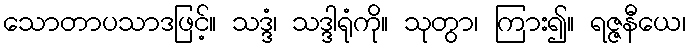
သောတာပသာဒဖြင့်။ သဒ္ဒံ၊ သဒ္ဒါရုံကို။ သုတွာ၊ ကြား၍။ ရဇ္ဇနီယေ၊